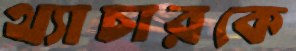
থ্যাচারকে